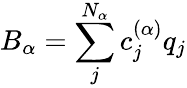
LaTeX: {{B}_{\alpha}}=\sum_{j}^{{{N}_{\alpha}}}{c_{j}^{(\alpha)}}{{q}_{j}}